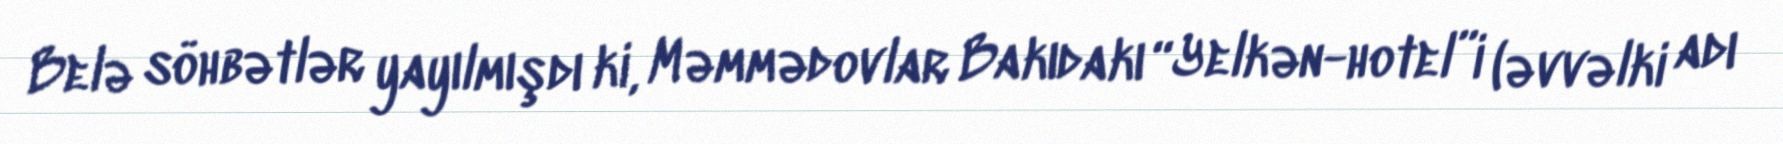
Belə söhbətlər yayılmışdı ki, Məmmədovlar Bakıdakı “Yelkən-hotel”i (əvvəlki adı